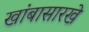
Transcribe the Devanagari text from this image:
खांबासारखे